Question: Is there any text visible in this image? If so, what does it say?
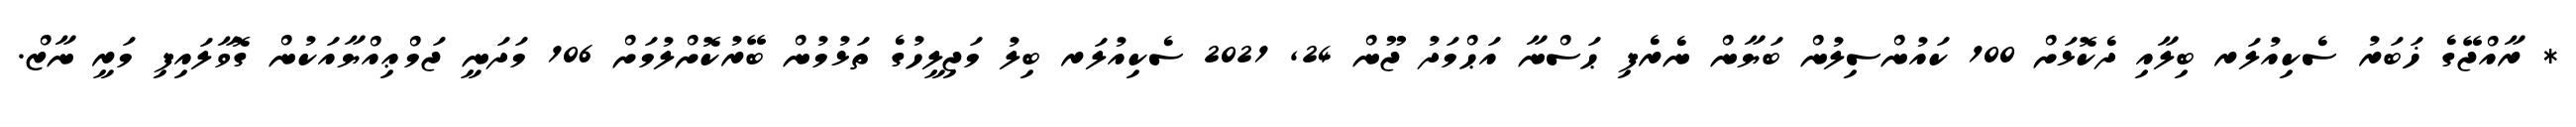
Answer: * ރާއްޖޭގެ ޚަބަރު ސެކިއުލަރ ބިލާއި ދެކޮޅަށް 100 ކައުންސިލުން ބަޔާން ނެރެފި ޙަސްނާ އަޙްމަދު ޖޫން 24, 2021 ސެކިއުލަރ ބިލު މަޖިލީހުގެ ތަޅުމުން ބޭރުކޮށްލުމަށް 106 މަދަނީ ޖަމްޢިއްޔާއަކުން ގޮވާލައިފި މަރީ ނާޒް.